Burma Government Medical School reports 1923-41
Year: 1923
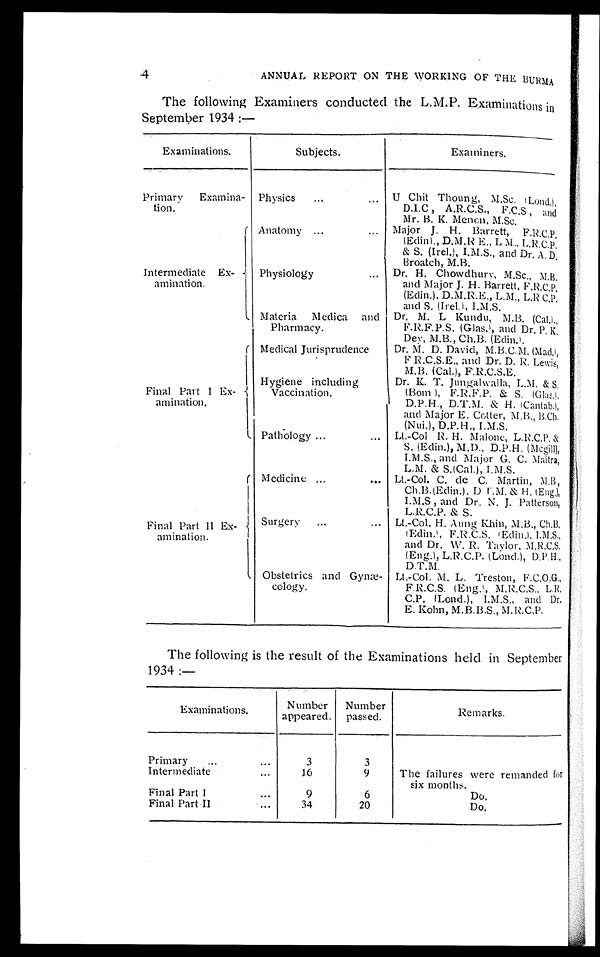
ANNUAL REPORT ON THE WORKING OF THE BURMA
The following Examiners conducted the L.M.P. Examinations in
September 1934 :—
Examinations.
Subjects.
Examiners.
Primary Examina-
tion.
Physics
...
... U Chit Thoung, M.Sc. (Lond.),
D.I.C , A.R.C.S., F.C.S , and
Mr. B. K. Menon, M.Sc.
Intermediate Ex-
amination.
Anatomy ...
... Major J. H. Barrett, F.R.C.P.
(Edin)., D.M.R E., L M., L.R.C.P.
& S. (Irel.), I.M.S., and Dr. A.D.
Broatch, M.B.
Physiology
... Dr. H. Chowdhury, M.Sc., M.B.
and Major J. H. Barrett, F.R.C.P,
(Edin.), D.M.R.E., L.M., L.R C.P.
and S. (Irel.), I.M.S.
Materia Medica and
Pharmacy.
Dr. M. L Kundu, M.B. (Cal).,
F.R.F.P.S. (Glas.), a n d D r . P . K .
Dey, M.B., Ch.B. (Edin).
Final Part I Ex-
amniation.
Medical Jurisprudence
Dr. M. D. David, M.B.C.M. (Mad.),
F R.C.S.E., and Dr. D. R. Lewis,
M.B. (Cal.), F.R.C.S.E.
Hygiene including
Vaccination.
Dr. K. T. Jungalwalla, L.M. & S.
(Bom), F.R.F.P. & S. (Glas.),
D.P.H., D.T.M. & H. (Cantab.),
and Major E. Cotter, M.B., B.Ch.
(Nui.), D.P.H., I.M.S.
Pathology ...
... Lt.-Col R. H. Malone, L.R.C.P. &
S. (Edin.), M.D., D.P.H. (Mcgill),
I.M.S., and Major G. C. Maitra,
L.M. & S.(Cal.), I.M.S.
Final Part II Ex-
amination.
Medicine ...
... Lt.-Col. C. de C. Martin, M.B,
Ch.B.(Edin.), D L.M. & H. (Eng.),
I.M.S , and Dr. N. J, Patterson,
L.R.C.P. & S.
Surgery
...
...
Lt.-Col. H. Aung Khin, M.B., Ch.B.
(Edin.), F.R.C.S. (Edin.), I.M.S.,
and Dr. W. R. Taylor, M.R.C.S.
(Eng.), L.R.C.P. (Lond.), D.P.H.,
D.T.M.
Obstetrics and Gynæ-
cology.
Lt.-Col. M. L. Treston, F.C.O.G.,
F.R.C.S. (Eng.), M.R.C.S., L.R.
C.P. (Lond.), I.M.S., and Dr.
E. Kohn, M.B.B.S., M.R.C.P.
The following is the result of the Examinations held in September
1934 :—
Examinations.
Number
appeared.
Number
passed.
Remarks.
Pri mary . . . . . .
3
3
Intermediate ...
1 6
9
The failures were remanded for
six months.
Final Part I
...
9
6
Do.
Final Part II
...
34
20
Do.
4